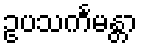
ဥပသင်္ကမန္တာ